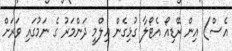
އެސް) އިން ރޭޑިއޯ އެޓޯލާ ގުޅިގެން ޢިލްމީ ދަންމަރު ގެ ނަމުގައި ވަރަށް